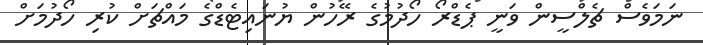
ނަމަވެސް ޗެލްސީން ވަނީ ޕެޑްރޯ ހޯދުމުގެ ރޭހުން ޔުނައިޓެޑްގެ މައްޗަށް ކުރި ހޯދުމަށް